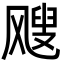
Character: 飕